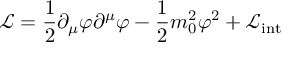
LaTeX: { \mathcal { L } } = { \frac { 1 } { 2 } } \partial _ { \mu } \varphi \partial ^ { \mu } \varphi - { \frac { 1 } { 2 } } m _ { 0 } ^ { 2 } \varphi ^ { 2 } + { \mathcal { L } } _ { \mathrm { i n t } }